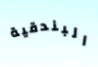
البندقية